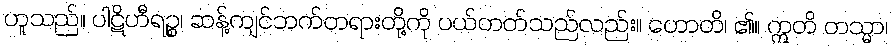
ဟူသည်။ ပါဋိဟီရဉ္စ၊ ဆန့်ကျင်ဘက်တရားတို့ကို ပယ်တတ်သည်လည်း။ ဟောတိ၊ ၏။ ဣတိ တသ္မာ၊